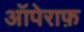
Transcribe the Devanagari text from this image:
ऑपेराफ़